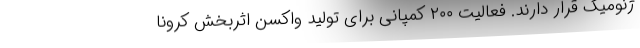
ژنومیک قرار دارند. فعالیت ۲۰۰ کمپانی برای تولید واکسن اثربخش کرونا